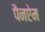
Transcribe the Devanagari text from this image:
पैनऐम